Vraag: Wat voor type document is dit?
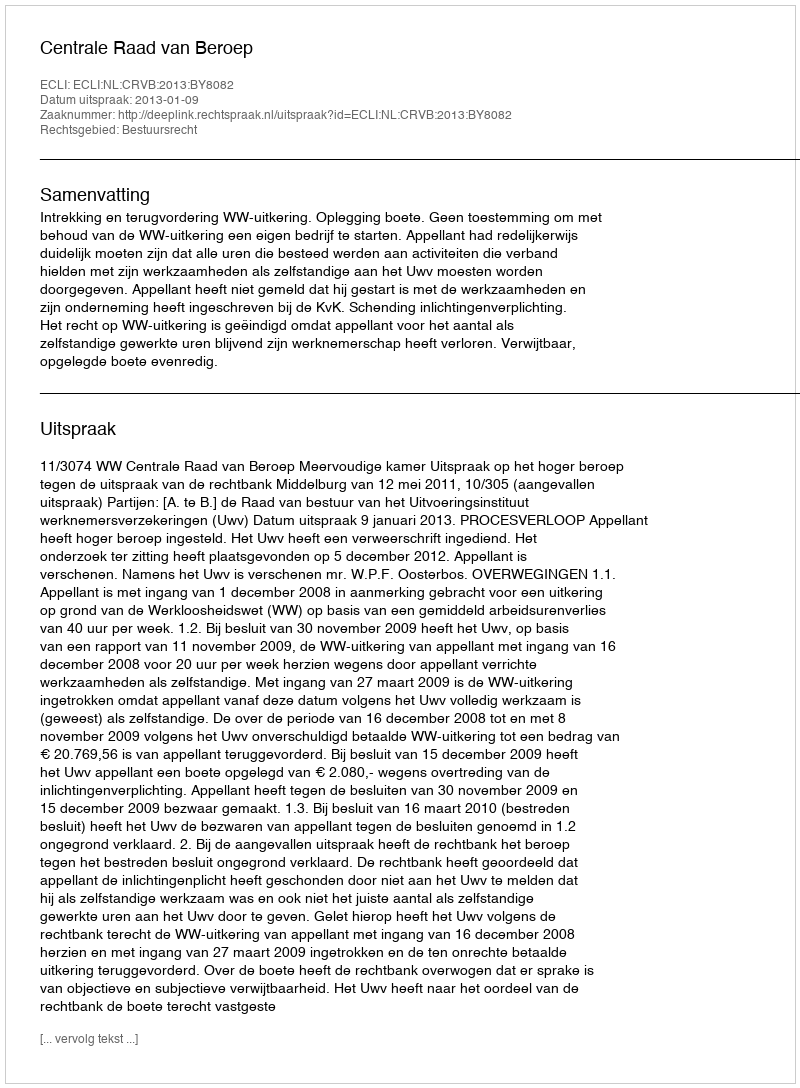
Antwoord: Uitspraak